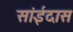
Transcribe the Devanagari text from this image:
सांईदास